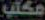
مكتب